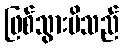
ဖြစ်သွားမိသည်